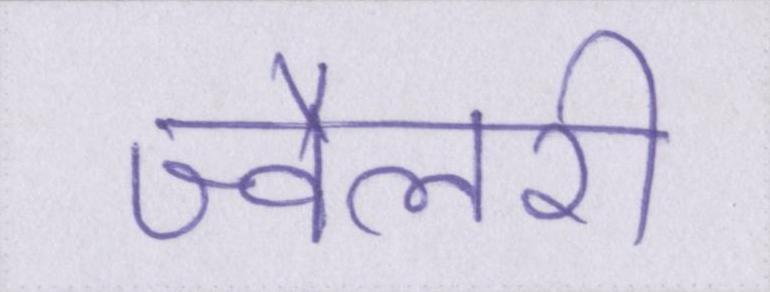
ज्वैलरी